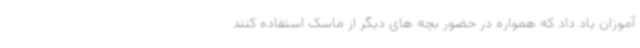
آموزان یاد داد که همواره در حضور بچه های دیگر از ماسک استفاده کنند